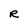
Character: R